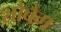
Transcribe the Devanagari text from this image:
शोबैग